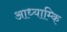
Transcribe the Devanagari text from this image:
आध्याम्कि